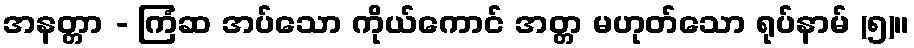
အနတ္တာ - ကြံဆ အပ်သော ကိုယ်ကောင် အတ္တ မဟုတ်သော ရုပ်နာမ် (၅)။